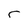
Character: r